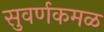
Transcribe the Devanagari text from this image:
सुवर्णकमळ